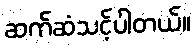
ဆက်ဆံသင့်ပါတယ်။